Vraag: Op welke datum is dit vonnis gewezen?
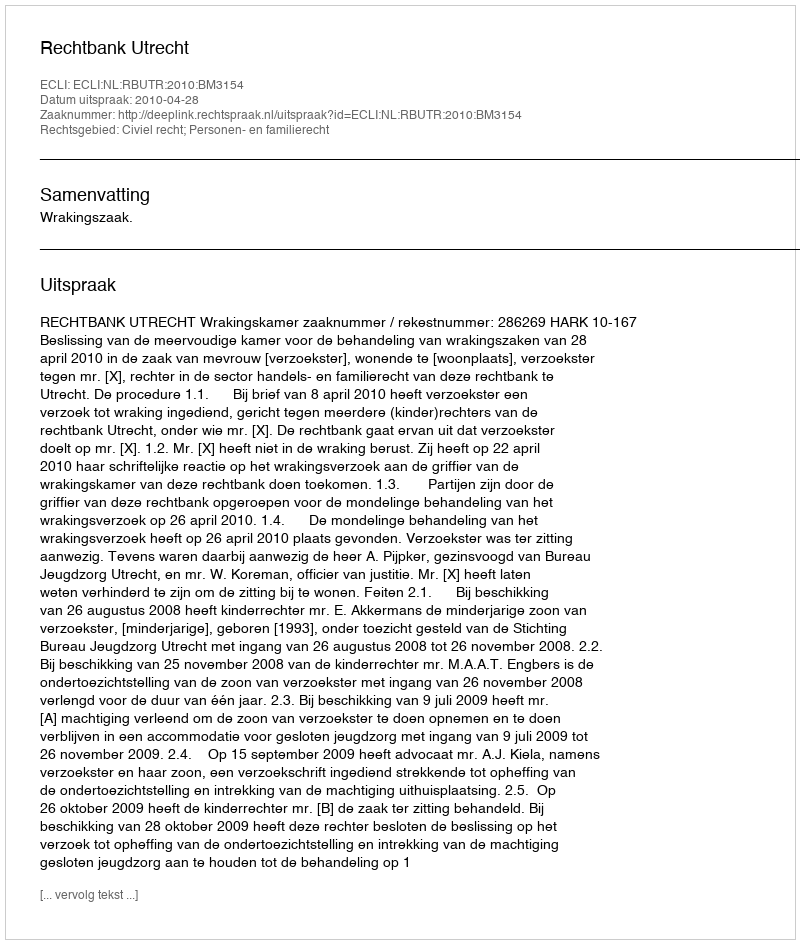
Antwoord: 2010-04-28